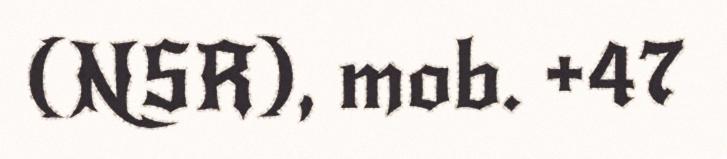
(NSR), mob. +47